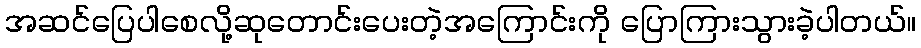
အဆင်ပြေပါစေလို့ဆုတောင်းပေးတဲ့အကြောင်းကို ပြောကြားသွားခဲ့ပါတယ်။